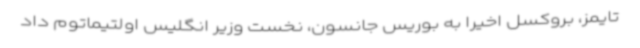
تایمز، بروکسل اخیرا به بوریس جانسون، نخست وزیر انگلیس اولتیماتوم داد